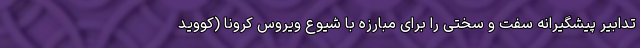
تدابیر پیشگیرانه سفت و سختی را برای مبارزه با شیوع ویروس کرونا (کووید